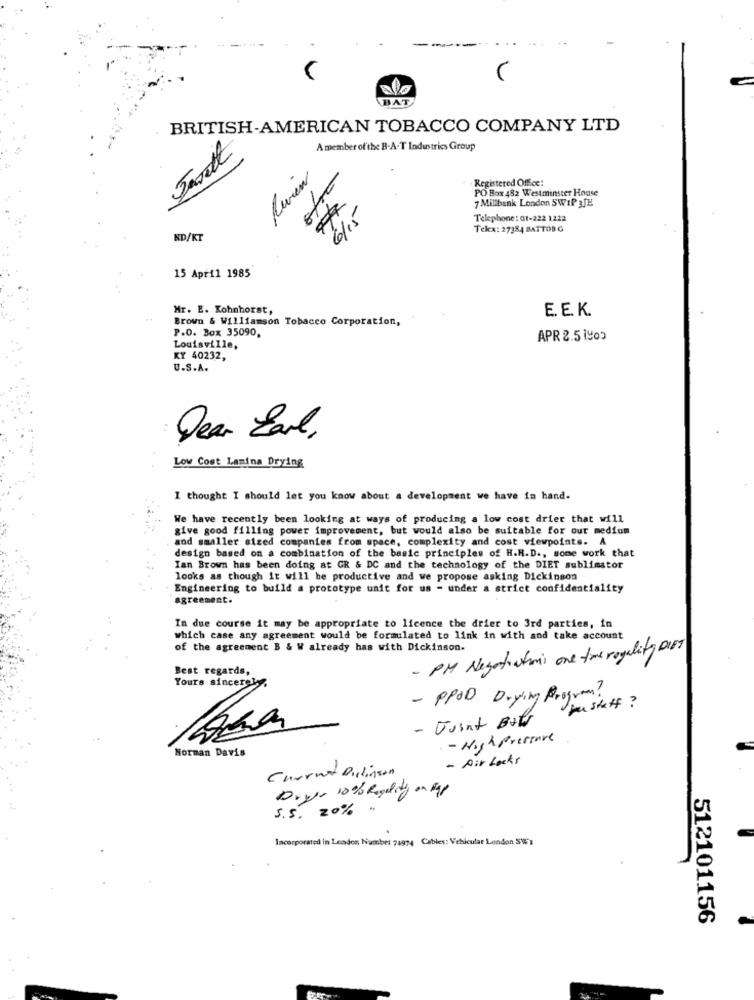
BAT
BRITISH-AMERICAN TOBACCO COMPANY LTD
A member of the B.A-T Industries Group
Vivien
Registered Office:
PO Box 482 Westminster House
7 Millbank London SWIP 3JE
Telephone : 01-222 1222
Tekx: 27384 BATTOBG
KD/KT
15 April 1985
Mr. E. Kohnhorst,
E. E. K.
Brown & Williamson Tobacco Corporation,
P.O. Box 35090,
APR 2.5 1903
Louisville,
KY 40232,
U.S.A.
Dear Earl,
Low Cost Lamina Drying
I thought I should let you know about a development we have in hand.
We have recently been looking at ways of producing a low cost drier that will
give good filling power improvement, but would also be suitable for our medium
and smaller sized companies from space, complexity and cost viewpoints. A
design based on a combination of the basic principles of H.R.D ., some work that
Ian Brown has been doing at GR & DC and the technology of the DIET sublimstor
looks as though it will be productive and we propose asking Dickinson
Engineering to build a prototype unit for us - under a strict confidentiality
agreement.
In due course it may be appropriate to licence the drier to 3rd parties, in
which case any agreement would be formulated to link in with and take account
of the agreement B & W already has with Dickinson.
- PM Negotiations one time royality DIET
Best regards,
Yours sincerely
- PPOD Drying Program?
you staff ?
- Joint Bats
- High presence
Norman Davis
- Air Locks
Current Dickinson
Drygt 10% Royalty on tap
5.5. 20% "
Incorporated in London Number 74974 Cables: Vehicular London SW 1
512101156